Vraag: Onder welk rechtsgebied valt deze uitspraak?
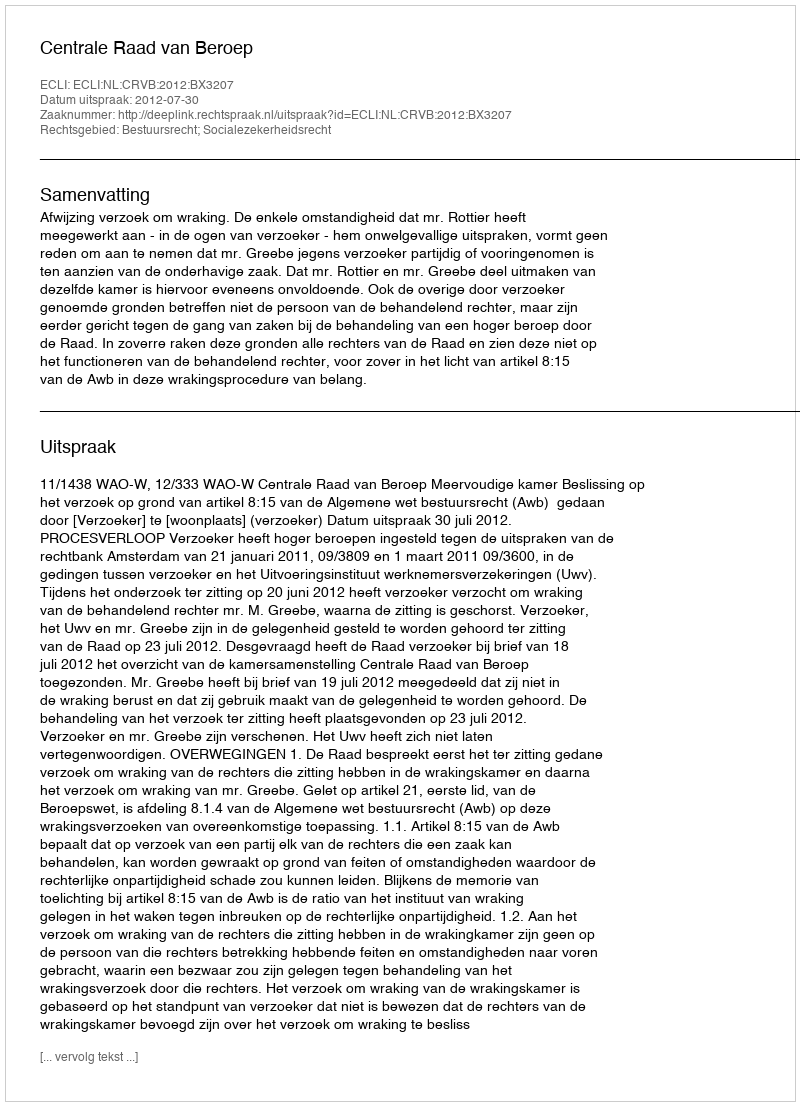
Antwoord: Bestuursrecht; Socialezekerheidsrecht